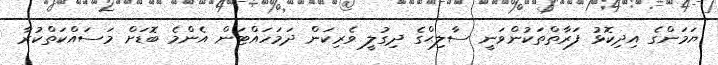
ޔަމަންގެ އިދިކޮޅު ފަރާތްތަކުންވަނީ ސާލިޙްގެ ދިގުލީ ވެރިކަން ދަމަހައްޓަން އެންމެ ބޮޑަށް މަސައްކަތްކުރާ